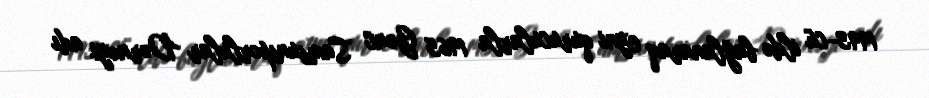
1993-cü ildə bağlanaraq eyni qurucularla 1965 Gənc Samsunsporlular Dərnəyi adı